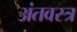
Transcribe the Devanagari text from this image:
अंतवस्त्र